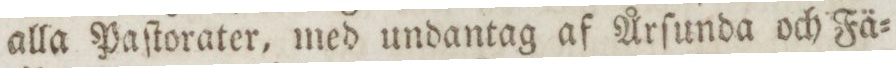
alla Paſtorater, med undantag af Årſunda och Fä=